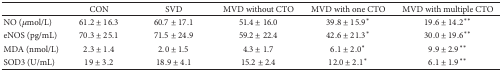
<table><thead><tr><td><b> </b></td><td><b>CON</b></td><td><b>SVD</b></td><td><b>MVD without CTO</b></td><td><b>MVD with one CTO</b></td><td><b>MVD with multiple CTO</b></td></tr></thead><tbody><tr><td>NO (<i>μ</i>mol/L)</td><td>61.2 ± 16.3</td><td>60.7 ± 17.1</td><td>51.4 ± 16.0</td><td>39.8 ± 15.9<sup><i>∗</i></sup></td><td>19.6 ± 14.2<sup><i>∗∗</i></sup></td></tr><tr><td>eNOS (pg/mL)</td><td>70.3 ± 25.1</td><td>71.5 ± 24.9</td><td>59.2 ± 22.4</td><td>42.6 ± 21.3<sup><i>∗</i></sup></td><td>30.0 ± 19.6<sup><i>∗∗</i></sup></td></tr><tr><td>MDA (nmol/L)</td><td>2.3 ± 1.4</td><td>2.0 ± 1.5</td><td>4.3 ± 1.7</td><td>6.1 ± 2.0<sup><i>∗</i></sup></td><td>9.9 ± 2.9<sup><i>∗∗</i></sup></td></tr><tr><td>SOD3 (U/mL)</td><td>19 ± 3.2</td><td>18.9 ± 4.1</td><td>15.2 ± 2.4</td><td>12.0 ± 2.1<sup><i>∗</i></sup></td><td>6.1 ± 1.9<sup><i>∗∗</i></sup></td></tr></tbody></table>